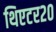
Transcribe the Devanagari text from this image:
थिएटर२०